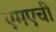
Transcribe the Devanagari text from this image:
एमएची